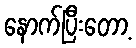
နောက်ပြီးတော့